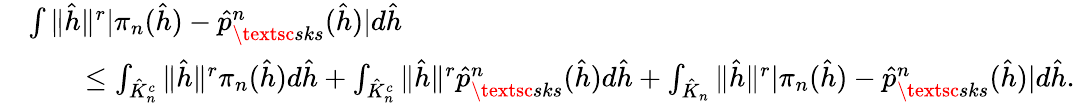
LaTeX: \begin{array}{rl}&{\int\| \hat{h}\| ^{r}|\pi_{n}(\hat{h})-\hat{p}_{\textsc{sks}}^{n}(\hat{h})|d\hat{h}}\\ &{\qquad\leq\int_{\hat{K}_{n}^{c}}\| \hat{h}\| ^{r}\pi_{n}(\hat{h})d\hat{h}+\int_{\hat{K}_{n}^{c}}\| \hat{h}\| ^{r}\hat{p}_{\textsc{sks}}^{n}(\hat{h})d\hat{h}+\int_{\hat{K}_{n}}\| \hat{h}\| ^{r}|\pi_{n}(\hat{h})-\hat{p}_{\textsc{sks}}^{n}(\hat{h})|d\hat{h}.}\end{array}